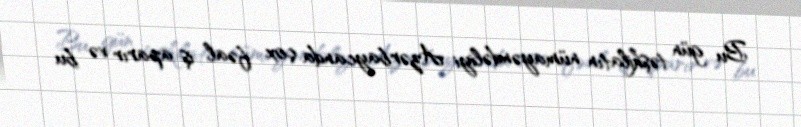
Bu gün təşkilatın nümayəndəliyi Azərbaycanda çox fəal iş aparır və bu